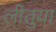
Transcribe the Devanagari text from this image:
लीतुया